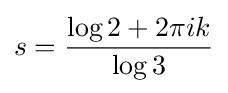
s={\frac {\log 2+2\pi ik}{\log 3}}